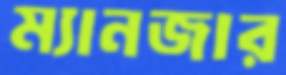
ম্যানজার